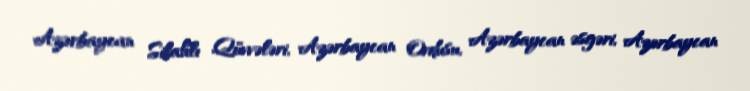
Azərbaycan Silahlı Qüvvələri, Azərbaycan Ordusu, Azərbaycan əsgəri, Azərbaycan